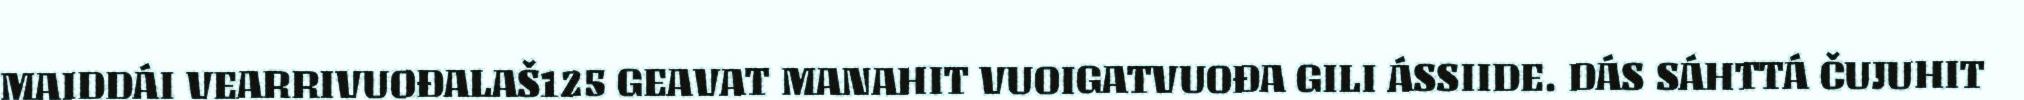
MAIDDÁI VEARRIVUOĐALAŠ125 GEAVAT MANAHIT VUOIGATVUOĐA GILI ÁSSIIDE. DÁS SÁHTTÁ ČUJUHIT